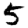
Digit: 5